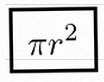
\pi r^2